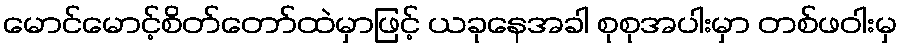
မောင်မောင့်စိတ်တော်ထဲမှာဖြင့် ယခုနေအခါ စုစုအပါးမှာ တစ်ဖဝါးမှ